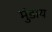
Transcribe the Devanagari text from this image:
मुंडाय